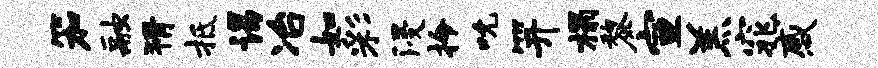
笳融猾抵谒冶如彩浸拎吮笄榻黎宣羔窕感